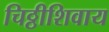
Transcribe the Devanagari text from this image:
चिठ्ठीशिवाय